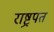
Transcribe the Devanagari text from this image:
राष्ट्रपत